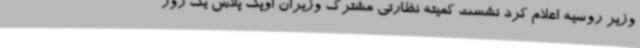
وزیر روسیه اعلام کرد نشست کمیته نظارتی مشترک وزیران اوپک پلاس یک روز